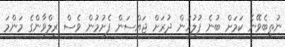
ނުތިބެވޭނެ ކަމަށް ބުނެ ފުލުހުން ދުރަށް ޖައްސަން ފެށުމުން ވެސް ރިލްވާންގެ މަންމަ